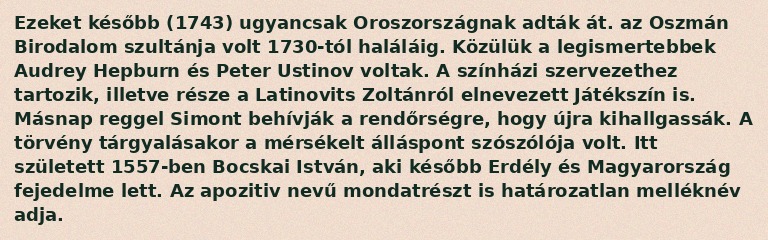
Ezeket később (1743) ugyancsak Oroszországnak adták át. az Oszmán Birodalom szultánja volt 1730-tól haláláig. Közülük a legismertebbek Audrey Hepburn és Peter Ustinov voltak. A színházi szervezethez tartozik, illetve része a Latinovits Zoltánról elnevezett Játékszín is. Másnap reggel Simont behívják a rendőrségre, hogy újra kihallgassák. A törvény tárgyalásakor a mérsékelt álláspont szószólója volt. Itt született 1557-ben Bocskai István, aki később Erdély és Magyarország fejedelme lett. Az apozitiv nevű mondatrészt is határozatlan melléknév adja.